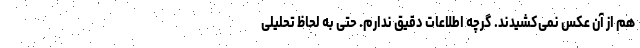
هم از آن عکس نمی‌کشیدند. گرچه اطلاعات دقیق ندارم. حتی به لحاظ تحلیلی